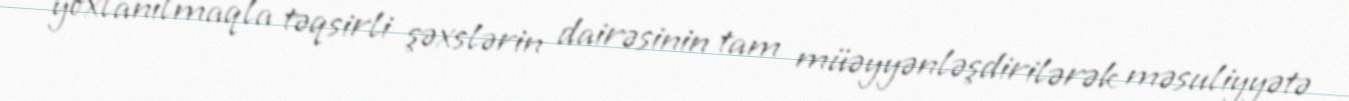
yoxlanılmaqla təqsirli şəxslərin dairəsinin tam müəyyənləşdirilərək məsuliyyətə